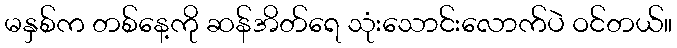
မနှစ်က တစ်နေ့ကို ဆန်အိတ်ရေ သုံးသောင်းလောက်ပဲ ဝင်တယ်။